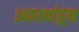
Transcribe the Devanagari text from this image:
अवस्थांहून